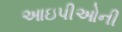
આઇપીઓની